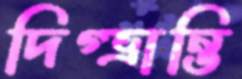
দিগ্‌ভ্রান্তি